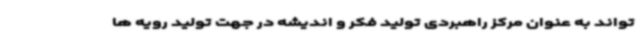
تواند به عنوان مرکز راهبردی تولید فکر و اندیشه در جهت تولید رویه ها